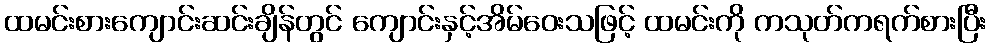
ထမင်းစားကျောင်းဆင်းချိန်တွင် ကျောင်းနှင့်အိမ်ဝေးသဖြင့် ထမင်းကို ကသုတ်ကရက်စားပြီး